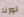
لورنا